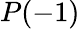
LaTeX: P(-1)